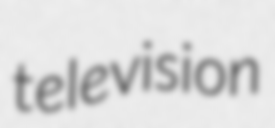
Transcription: television